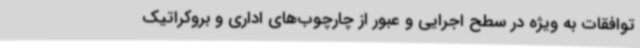
توافقات به ویژه در سطح اجرایی و عبور از چارچوب‌های اداری و بروکراتیک